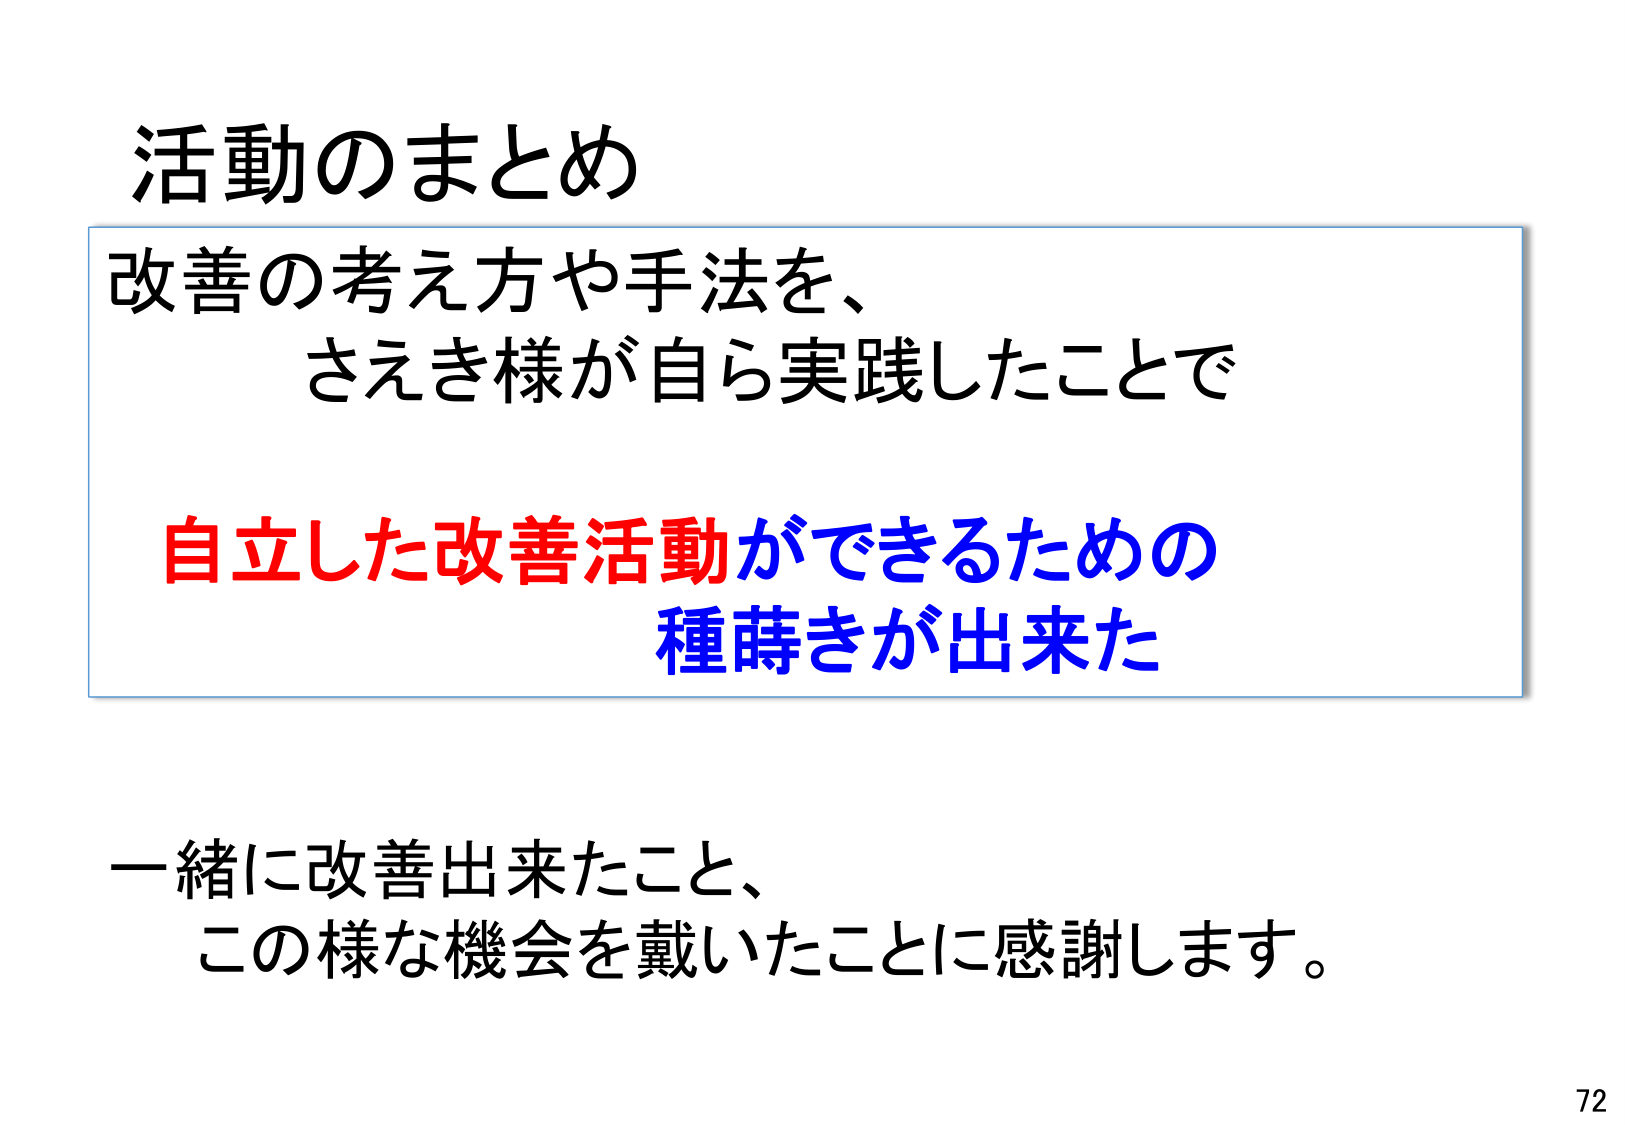
活動のまとめ

改善の考え方や手法を、
さえき様が自ら実践したことで

自立した改善活動ができるための
種蒔きが出来た

一緒に改善出来たこと、
この様な機会を戴いたことに感謝します。

72